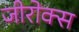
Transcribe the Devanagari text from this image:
जीरोक्स